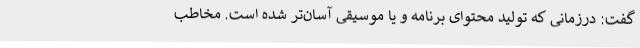
گفت: درزمانی که تولید محتوای برنامه و یا موسیقی آسان‌تر شده است. مخاطب